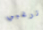
ترغبي